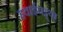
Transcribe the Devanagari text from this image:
हवाईपट्ट्या